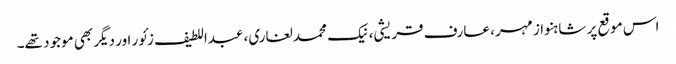
اس موقع پر شاہنواز مہر، عارف قریشی، نیک محمد لغاری، عبداللطیف زئور اور دیگر بھی موجود تھے۔